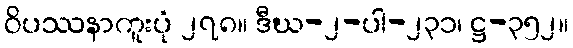
ဝိပဿနာကူးပုံ ၂၇၈။ ဒီဃ-၂-ပါ-၂၃၁၊ ဋ္ဌ-၃၅၂။